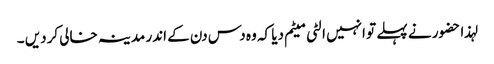
لہذا حضور نے پہلے تو انہیں الٹی میٹم دیا کہ وہ دس دن کے اندر مدینہ خالی کردیں ۔